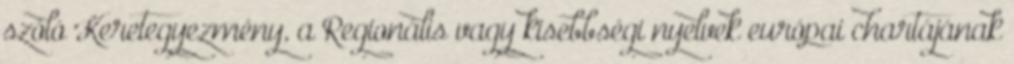
szóló Keretegyezmény, a Regionális vagy kisebbségi nyelvek európai chartájának